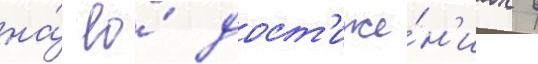
на́ ео́ дост'иже́н'иах в